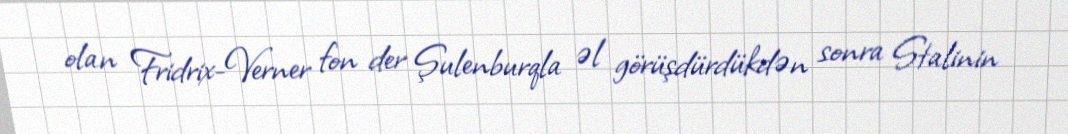
olan Fridrix-Verner fon der Şulenburqla əl görüşdürdükdən sonra Stalinin